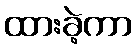
ထားခဲ့ကာ